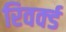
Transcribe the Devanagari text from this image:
रिवर्क्ड